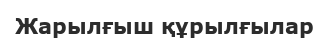
Жарылғыш құрылғылар